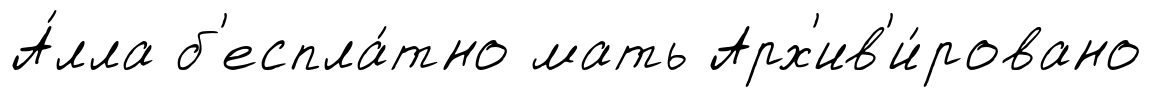
А́лла б'еспла́тно мать Арх'ив'и́ровано